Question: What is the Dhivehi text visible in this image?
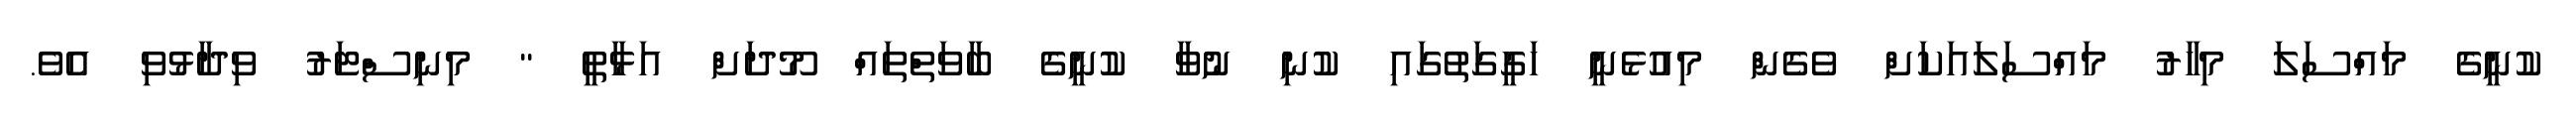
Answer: ކުނީގެ މައްސަލަ މިހާރު މައްސަލައަކަށް ވެގެން މިއުޅެނީ ހަގީގަތުގައި ކުނި ނުވާ ކުނީގެ ބާވަތްތައް މޫދަށް އަޅާތީ " މިނިސްޓަރު ވިދާޅުވި އެވެ.